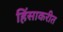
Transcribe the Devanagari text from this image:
हिंसाकरीत